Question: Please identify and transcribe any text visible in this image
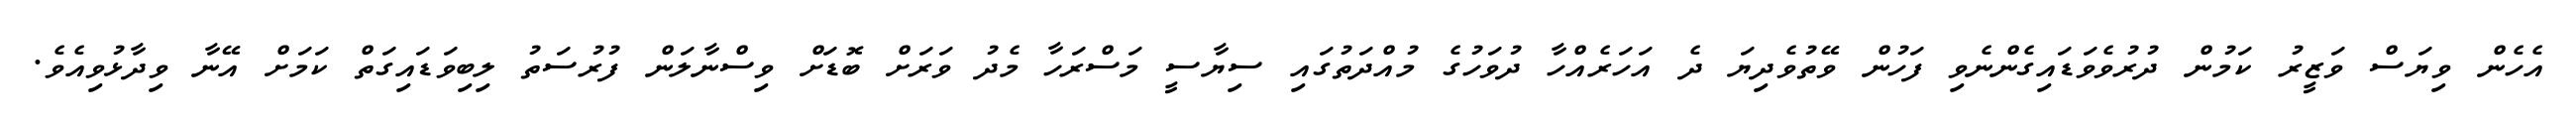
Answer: އެހެން ވިޔަސް ވަޒީރު ކަމުން ދުރުވެވަޑައިގެންނެވި ފަހުން ވޭތުވެދިޔަ ދެ އަހަރެއްހާ ދުވަހުގެ މުއްދަތުގައި ސިޔާސީ މަސްރަހާ މެދު ވަރަށް ބޮޑަށް ވިސްނާލަން ފުރުސަތު ލިބިވަޑައިގަތް ކަމަށް އޭނާ ވިދާޅުވިއެވެ.